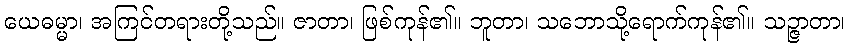
ယေဓမ္မာ၊ အကြင်တရားတို့သည်။ ဇာတာ၊ ဖြစ်ကုန်၏။ ဘူတာ၊ သဘောသို့ရောက်ကုန်၏။ သဉ္ဇာတာ၊